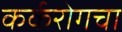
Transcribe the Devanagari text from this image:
कर्करोगचा